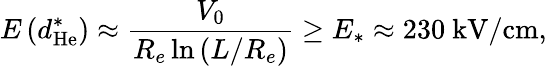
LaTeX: E\left(d_{\mathrm{He}}^{\ast}\right)\approx\frac{V_{0}}{R_{e}\ln\left(L/R_{e}\right)}\geq E_{\ast}\approx 230~\mathrm{kV/cm},